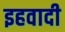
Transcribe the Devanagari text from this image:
इहवादी